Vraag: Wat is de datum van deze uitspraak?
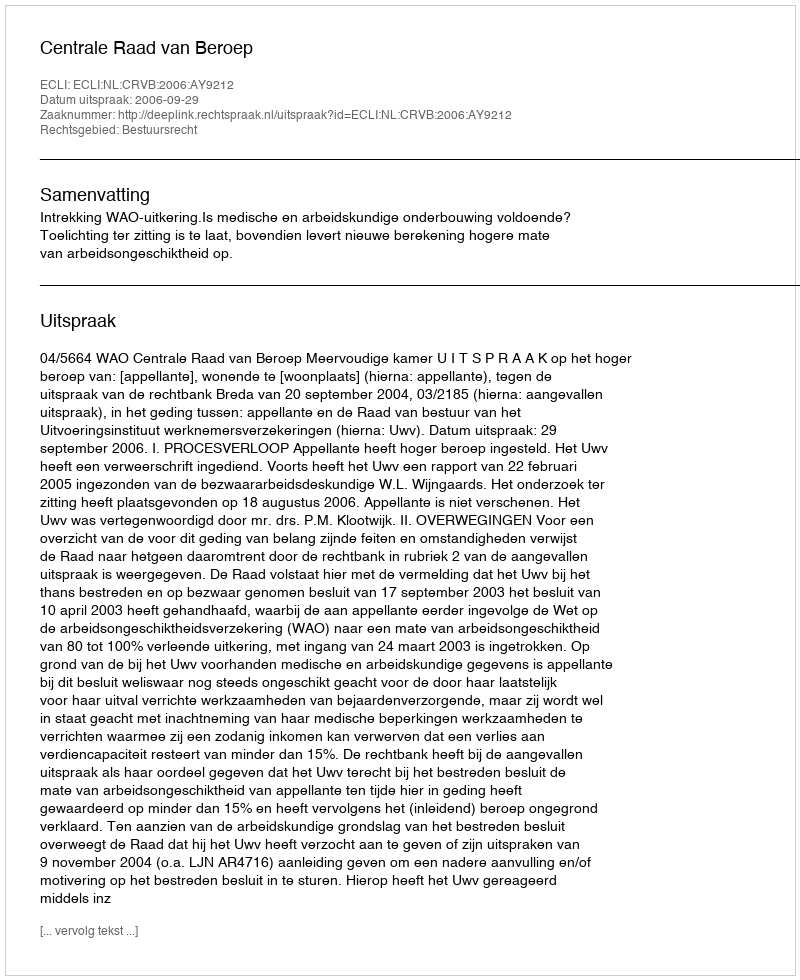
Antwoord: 2006-09-29